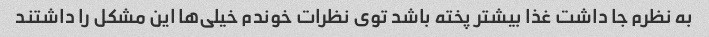
به نظرم جا داشت غذا بیشتر پخته باشد توی نظرات خوندم خیلی‌ها این مشکل را داشتند